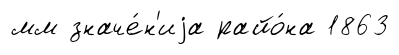
мм значе́н'иjа райо́на 1863